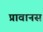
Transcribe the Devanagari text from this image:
प्रावानस